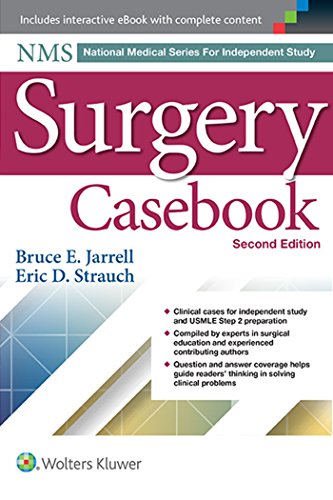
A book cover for NMS Surgery Casebook (National Medical Series for Independent Study); Bruce Jarrell MD; Test Preparation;